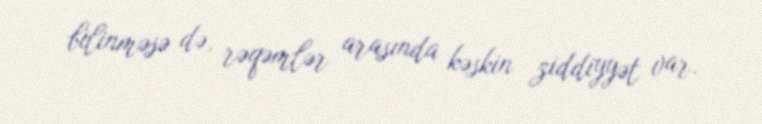
bilinməsə də, rəqəmlər arasında kəskin ziddiyyət var.